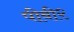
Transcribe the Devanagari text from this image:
पीबी२